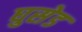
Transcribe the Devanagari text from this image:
घुसेड